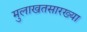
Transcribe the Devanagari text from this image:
मुलाखतसारख्या